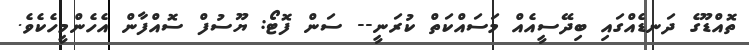
ތޮއްޑޫގެ ދަނޑެއްގައި ބިދޭސީއެއް މަސައްކަތް ކުރަނީ-- ސަން ފޮޓޯ: ޔޫސުފް ސޮއްފާން އެހެންމީހެކެވެ.